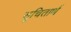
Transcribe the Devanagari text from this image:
सूचितार्थ